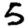
Digit: 5